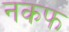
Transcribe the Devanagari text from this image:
नकफ